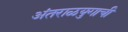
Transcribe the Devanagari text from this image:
अंतराळयुगाची